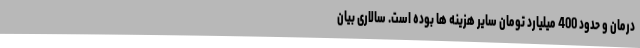
درمان و حدود 400 میلیارد تومان سایر هزینه ها بوده است. سالاری بیان